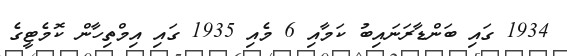
1934 ގައި ބަންޑާރަނައިބު ކަމާއި 6 މެއި 1935 ގައި އިމްތިހާން ކޮމެޓީގެ